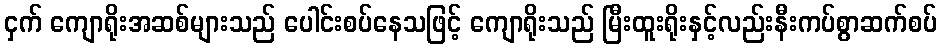
ငှက် ကျောရိုးအဆစ်များသည် ပေါင်းစပ်နေသဖြင့် ကျောရိုးသည် မြီးထူးရိုးနှင့်လည်းနီးကပ်စွာဆက်စပ်